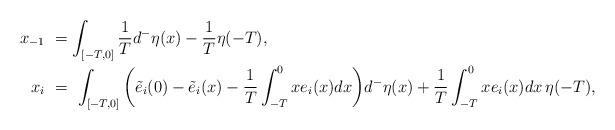
LaTeX: \begin{align*}x_{-1} \ &= \int_{[-T,0]} \frac{1}{T} d^-\eta(x) - \frac{1}{T}\eta(-T), \\x_i \ &= \ \int_{[-T,0]}\bigg (\tilde e_i(0)-\tilde e_i(x)- \frac{1}{T}\int_{-T}^0 xe_i(x)dx\bigg )d^-\eta(x) + \frac{1}{T}\int_{-T}^0 xe_i(x)dx\,\eta(-T),\end{align*}